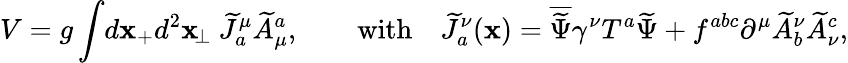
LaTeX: V=g\int\! d\mathbf{x}_{+}d^{2}\mathbf{x}_{\! \perp}\ \widetilde{J}_{a}^{\mu}\widetilde{A}_{\mu}^{a},\qquad\mathrm{{with}}\quad\widetilde{J}_{a}^{\nu}(\mathbf{x})=\overline{{{{\widetilde{\Psi}}}}}\gamma^{\nu}T^{a}\widetilde{\Psi}+f^{abc}\partial^{\mu}\widetilde{A}_{b}^{\nu}\widetilde{A}_{\nu}^{c},